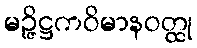
မဉ္ဇိဋ္ဌကဝိမာနဝတ္ထု